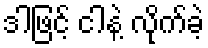
ဒါဖြင့် ငါနဲ့ လိုက်ခဲ့